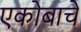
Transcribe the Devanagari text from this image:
एकोबाचे